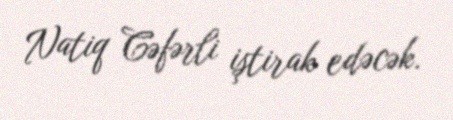
Natiq Cəfərli iştirak edəcək.